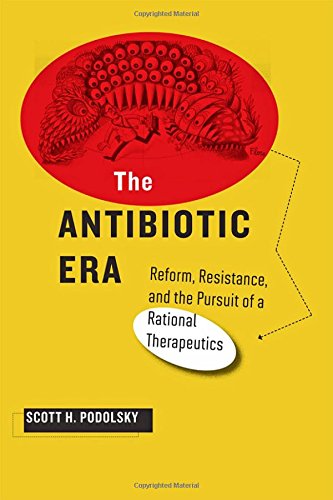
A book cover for The Antibiotic Era: Reform, Resistance, and the Pursuit of a Rational Therapeutics; Scott H. Podolsky; Medical Books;